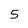
Character: 5